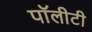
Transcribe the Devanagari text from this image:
पॉलीटी